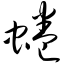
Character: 蜷